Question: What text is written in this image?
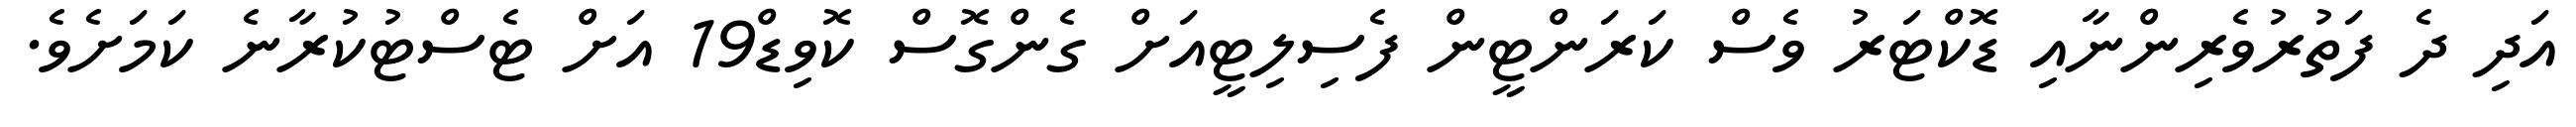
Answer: އަދި ދެ ފަތުރުވެރިންނާއި ޑޮކްޓަރު ވެސް ކަރަންޓީން ފެސިލިޓީއަށް ގެންގޮސް ކޮވިޑް19 އަށް ޓެސްޓުކުރާނެ ކަމަށެވެ.